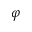
\varphi